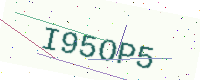
Text: I95OP5